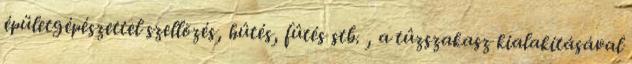
épületgépészettel szellõzés, hûtés, fûtés stb. , a tûzszakasz kialakításával